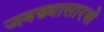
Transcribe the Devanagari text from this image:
जबड्यासारखे